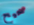
صحيح